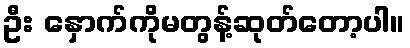
ဦး နှောက်ကိုမတွန့်ဆုတ်တော့ပါ။